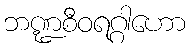
ဘဏ္ဍစီဝရဂ္ဂါဟော